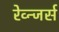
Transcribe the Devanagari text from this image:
रेव्न्जर्स